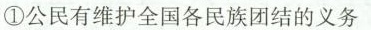
①公民有维护全国各民族团结的义务